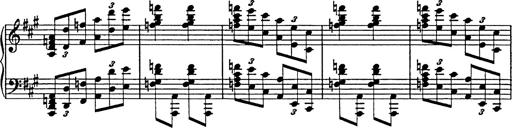
Title: Galop in A minor
Composer: Franz Liszt
Key: A minor